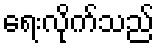
ရေးလိုက်သည်